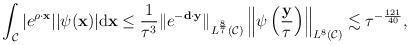
LaTeX: \begin{align*} \begin{aligned} \int_{\mathcal C}\vert e^{\rho\cdot \mathbf x}\vert\vert \psi(\mathbf x)\vert\mathrm d\mathbf x \leq\frac{1}{\tau^3}\|e^{-\mathbf d\cdot \mathbf y}\|_{L^{\frac{8}{7}}(\mathcal C)}\left \|\psi\left (\frac{\mathbf y}{\tau}\right )\right \|_{L^8(\mathcal C)} \lesssim \tau^{-\frac{121}{40}}, \end{aligned} \end{align*}